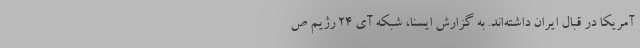
آمریکا در قبال ایران داشته‌اند. به گزارش ایسنا، شبکه آی ۲۴ رژیم ص